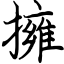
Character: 擁